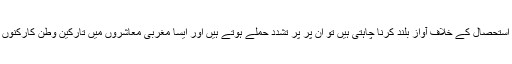
استحصال کی شکار ایسی خواتین جب اپنے حقوق کے لئے اور استحصال کے خلاف آواز بلند کرنا چاہتی ہیں تو ان پر پر تشدد حملے ہوتے ہیں اور ایسا مغربی معاشروں میں تارکین وطن کارکنوں کی حیثیت سے کام کرنے والی خواتین کے ساتھ بھی ہوتا ہے۔